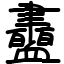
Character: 衋